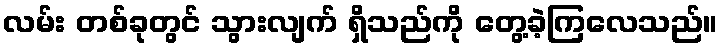
လမ်း တစ်ခုတွင် သွားလျက် ရှိသည်ကို တွေ့ခဲ့ကြလေသည်။